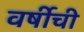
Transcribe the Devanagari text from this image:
वर्षीची